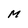
Character: M